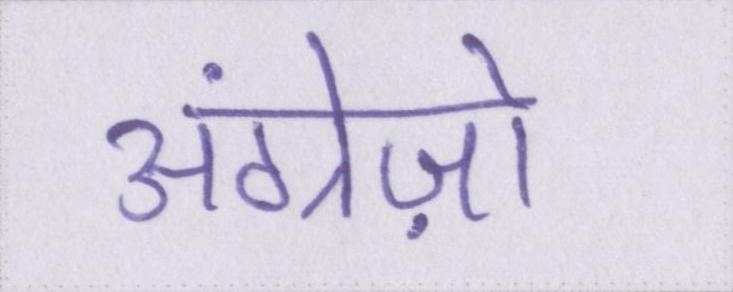
अंग्रेज़ो